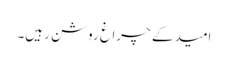
امید کے چراغ روشن رہیں۔